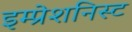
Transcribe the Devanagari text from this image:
इम्प्रेशनिस्ट